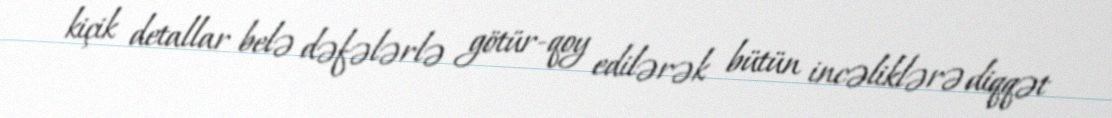
kiçik detallar belə dəfələrlə götür-qoy edilərək bütün incəliklərə diqqət